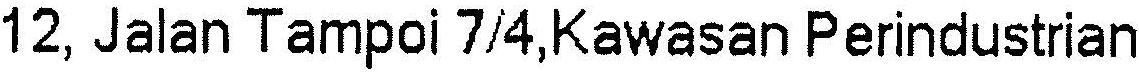
12, JALAN TAMPOI 7/4,KAWASAN PERINDUSTRIAN